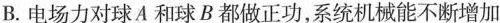
B.电场力对球A和球B都做正功，系统机械能不断增加